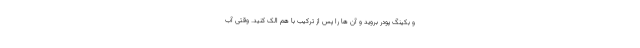
و بکینگ پودر بروید و آن ها را پس از ترکیب با هم الک کنید. وقتی آب